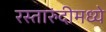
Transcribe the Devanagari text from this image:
रस्तारुंदीमध्ये